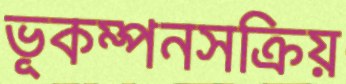
ভূকম্পনসক্রিয়